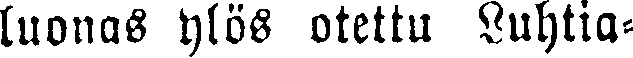
luonas ylös otettu Luhtia-